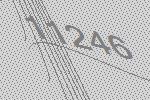
11246